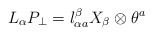
\begin{align*}L_\alpha P_\perp = l_{\alpha a}^\beta X_\beta \otimes \theta^a \end{align*}